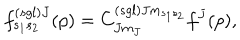
f _ { s _ { 1 } s _ { 2 } } ^ { \left( s g l \right) J } ( p ) = C _ { J m _ { J } } ^ { \left( s g l \right) J m _ { s _ { 1 } s _ { 2 } } } f ^ { J } ( p ) ,